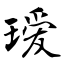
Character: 瑷